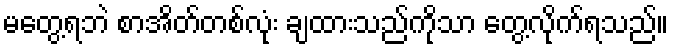
မတွေ့ရဘဲ စာအိတ်တစ်လုံး ချထားသည်ကိုသာ တွေ့လိုက်ရသည်။